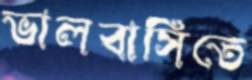
ভালবাসিতে